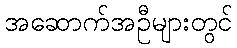
အဆောက်အဦများတွင်